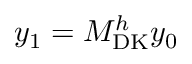
y _ { 1 } = M _ { \mathrm { D K } } ^ { h } y _ { 0 }